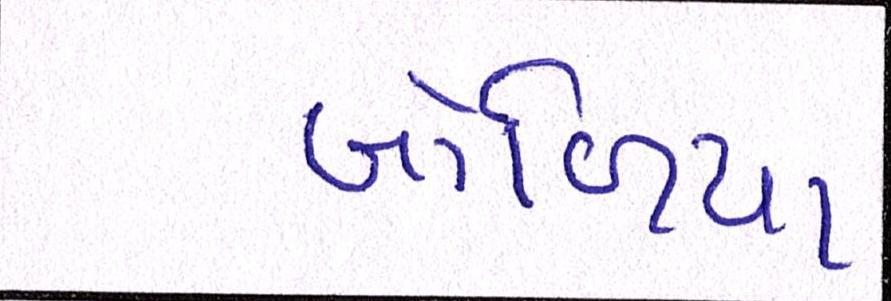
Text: બોળિયા